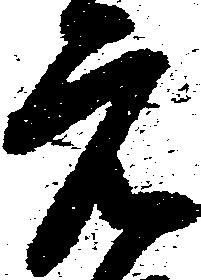
元